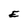
Character: E